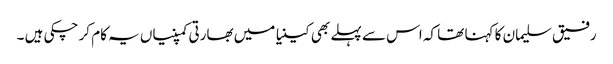
رفیق سلیمان کا کہنا تھا کہ اس سے پہلے بھی کینیا میں بھارتی کمپنیاں یہ کام کر چکی ہیں ۔